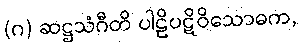
(ဂ) ဆဋ္ဌသံဂီတိ ပါဠိပဋိဝိသောဓက,